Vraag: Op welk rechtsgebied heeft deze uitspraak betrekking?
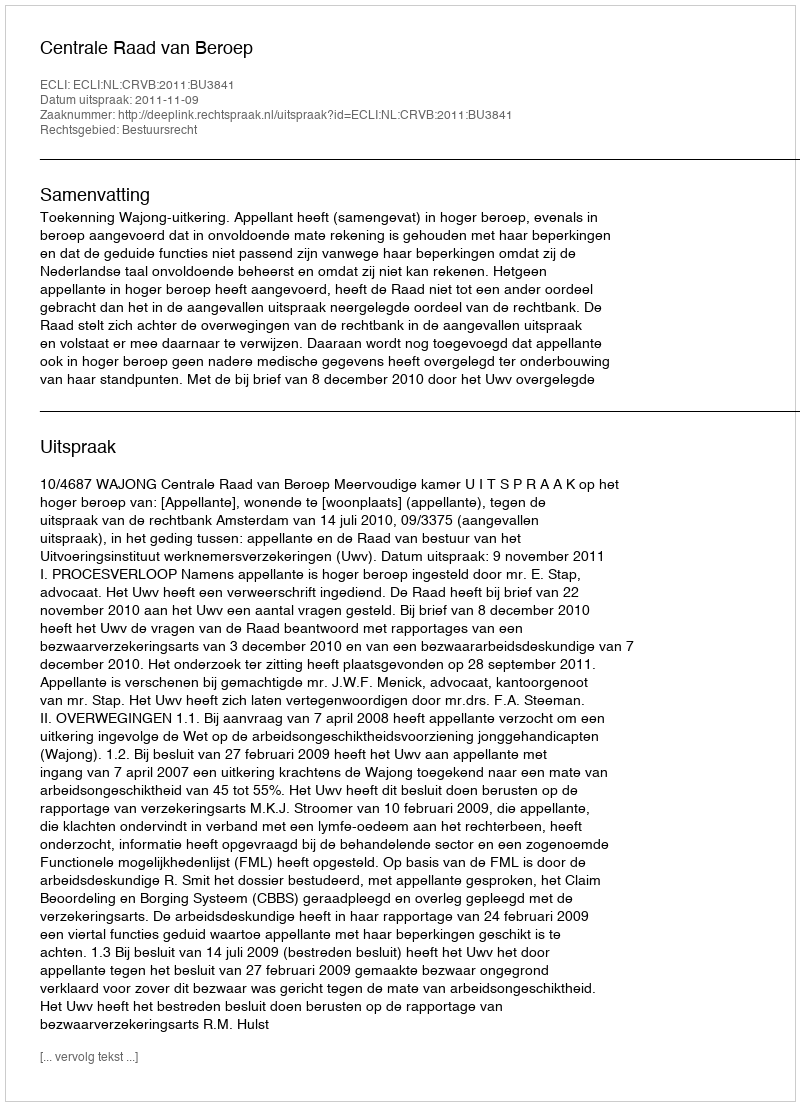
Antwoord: Bestuursrecht